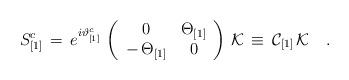
LaTeX: \begin{align*}S^c_{[1]}\,=\,e^{i\vartheta^{c}_{[1]}}\,\left(\begin{array}{cc}0 & \Theta_{[1]}\\-\,\Theta_{[1]} &0\end{array}\right)\,{\cal K}\,\equiv\,{\cal C}_{[1]}\,{\cal K}\quad.\end{align*}